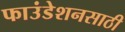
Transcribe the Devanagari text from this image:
फाउंडेशनसाठी